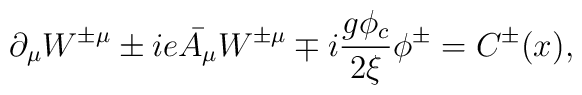
\partial_{\mu}W^{\pm \mu} \pm ie\bar{A_{\mu}}W^{\pm \mu} \mp i\frac{g\phi_c}{2\xi}\phi^{\pm} = C^{\pm}(x),